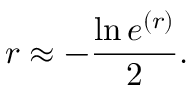
r \approx - \frac { \ln e ^ { ( r ) } } { 2 } .